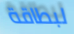
لبطاقة